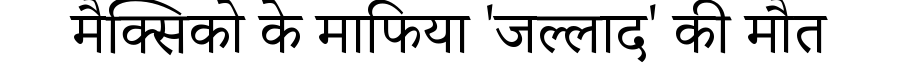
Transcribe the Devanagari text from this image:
मैक्सिको के माफिया 'जल्लाद' की मौत